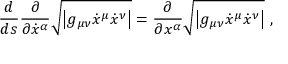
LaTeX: { \frac { d } { d s } } { \frac { \partial } { \partial { \dot { x } } ^ { \alpha } } } { \sqrt { \left| g _ { \mu \nu } { \dot { x } } ^ { \mu } { \dot { x } } ^ { \nu } \right| } } = { \frac { \partial } { \partial x ^ { \alpha } } } { \sqrt { \left| g _ { \mu \nu } { \dot { x } } ^ { \mu } { \dot { x } } ^ { \nu } \right| } } \ ,